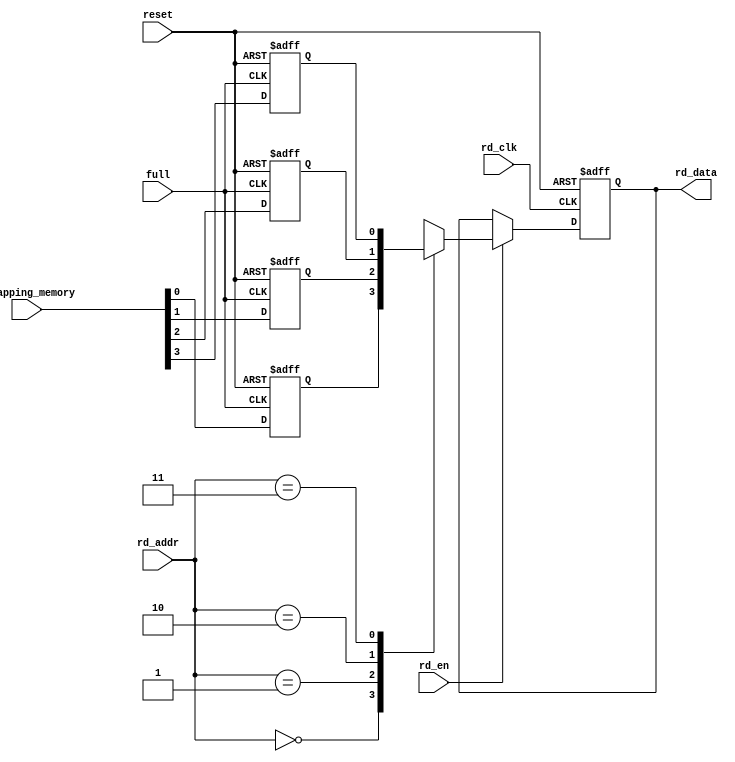
module rd_memory ( remapping_memory, full, 
                   rd_data, rd_clk, rd_en, rd_addr,
                   reset );
                            
    /* Parameters */
    
    parameter RD_DATA_WIDTH = 1;
    parameter RD_ADDR_WIDTH = 2;
    
    parameter MEM_DEPTH = 4;
         
    /* Ports */
    
    input wire [MEM_DEPTH - 1 : 0] remapping_memory;
    input wire full;
    
    output reg  [RD_DATA_WIDTH - 1 : 0] rd_data;
    input  wire [RD_ADDR_WIDTH - 1 : 0] rd_addr;
    input  wire                         rd_clk, rd_en;
    
    input wire reset;
    
    /* Variables */
    
    reg [RD_DATA_WIDTH - 1 : 0] memory [MEM_DEPTH - 1 : 0];
    
    integer i;
    
    /* Behavioral */
    
    always @(negedge full or posedge reset) begin
        if(reset)
            for(i = 0; i < MEM_DEPTH; i = i + 1)
                memory[i] <= 0;
        else 
            for(i = 0; i < MEM_DEPTH; i = i + 1)
                memory[i] <= remapping_memory[i];
    end                            
                            
    always @(posedge rd_clk or posedge reset) begin
        if(reset)
            rd_data <= 0;
        else 
            if(rd_en)
                rd_data <= memory[rd_addr];
    end
                                
endmodule